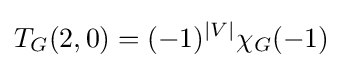
T_{G}(2,0)=(-1)^{|V|}\chi _{G}(-1)